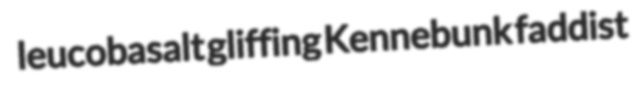
leucobasalt gliffing Kennebunk faddist